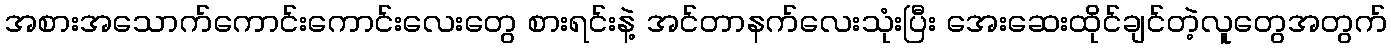
အစားအသောက်ကောင်းကောင်းလေးတွေ စားရင်းနဲ့ အင်တာနက်လေးသုံးပြီး အေးဆေးထိုင်ချင်တဲ့လူတွေအတွက်